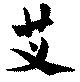
芆